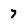
Character: 7